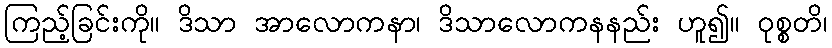
ကြည့်ခြင်းကို။ ဒိသာ အာလောကနာ၊ ဒိသာလောကနနည်း ဟူ၍။ ဝုစ္စတိ၊